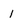
Character: 1